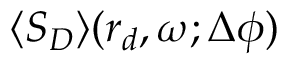
\langle S _ { D } \rangle ( \boldsymbol { r } _ { d } , \omega ; \Delta \phi )